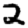
Digit: 2